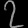
Digit: ၇